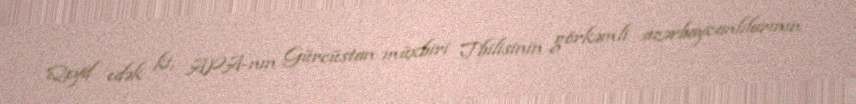
Qeyd edək ki, APA-nın Gürcüstan müxbiri Tbilisinin görkəmli azərbaycanlılarının